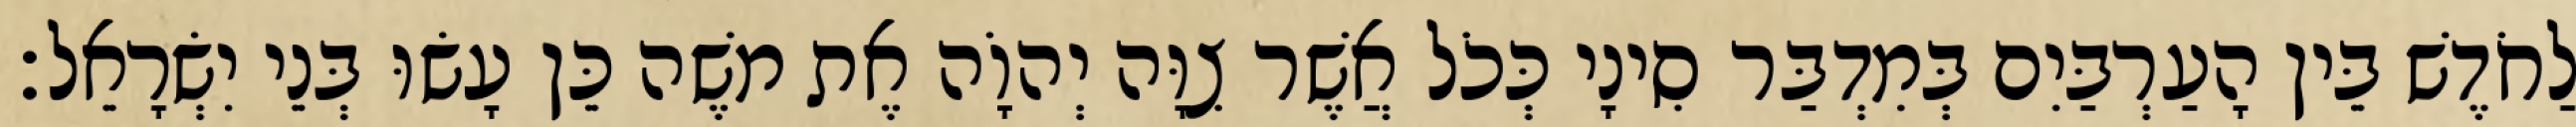
לַחֹדֶשׁ בֵּין הָעַרְבַּיִם בְּמִדְבַּר סִינָי כְּכֹל אֲשֶׁר צִוָּה יְהוָֹה אֶת משֶׁה כֵּן עָשׂוּ בְּנֵי יִשְׂרָאֵל׃